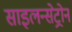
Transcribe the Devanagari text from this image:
साइलन्सेट्रोन